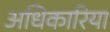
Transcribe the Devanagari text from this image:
अधिकारिया